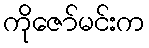
ကိုဇော်မင်းက